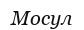
Мосул